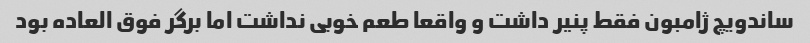
ساندویچ ژامبون فقط پنیر داشت و واقعا طعم خوبی نداشت اما برگر فوق العاده بود